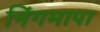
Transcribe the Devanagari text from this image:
निंगमापा